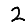
Digit: 2